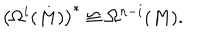
\left( \Omega ^ { i } ( M ) \right) ^ { * } \cong \Omega ^ { n - i } ( M ) .